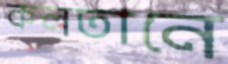
কলতানে